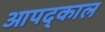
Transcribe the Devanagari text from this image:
आपद्काल